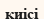
киісі